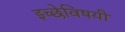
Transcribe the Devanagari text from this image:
इच्छेविषयी